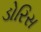
ડોરિસ